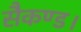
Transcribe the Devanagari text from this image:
सैकण्ड।